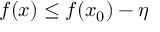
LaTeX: f ( x ) \leq f ( x _ { 0 } ) - \eta